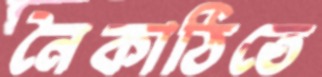
নৈকাঠিতে